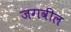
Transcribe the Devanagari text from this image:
जगवील